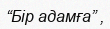
“Бір адамға” ,